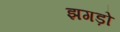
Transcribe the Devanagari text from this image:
झगड़ो